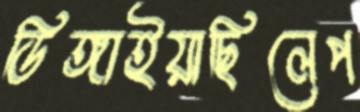
ডিঙ্গাইয়াছিলেপ